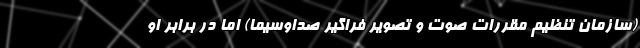
(سازمان تنظیم مقررات صوت و تصویر فراگیر صداوسیما) اما در برابر او